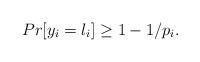
LaTeX: \begin{align*}Pr[y_i=l_i]\ge1-1/p_i.\end{align*}